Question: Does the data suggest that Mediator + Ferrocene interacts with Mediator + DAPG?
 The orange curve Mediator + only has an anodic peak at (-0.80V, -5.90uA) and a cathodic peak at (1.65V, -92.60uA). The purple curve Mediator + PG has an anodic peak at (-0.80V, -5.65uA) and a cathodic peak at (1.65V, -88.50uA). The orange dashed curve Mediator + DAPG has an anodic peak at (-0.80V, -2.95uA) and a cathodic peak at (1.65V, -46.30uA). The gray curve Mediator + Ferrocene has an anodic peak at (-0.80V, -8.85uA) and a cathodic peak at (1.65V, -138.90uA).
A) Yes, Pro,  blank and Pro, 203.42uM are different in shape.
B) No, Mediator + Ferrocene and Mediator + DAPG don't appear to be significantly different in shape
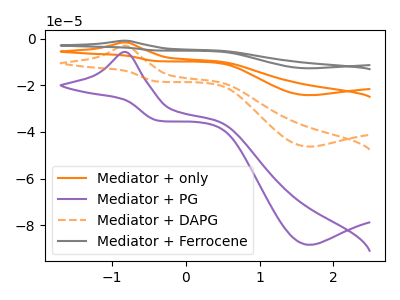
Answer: <think>All the peaks in "Mediator + Ferrocene" have a peak in "Mediator + DAPG" at the same potential.
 </think>
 <answer>B) No, "Mediator + Ferrocene" and "Mediator + DAPG" don't appear to be significantly different in shape</answer>
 <eval>B</eval>